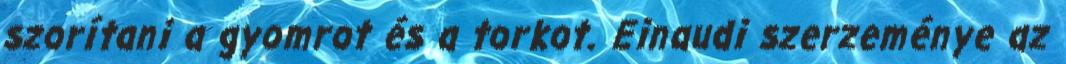
szorítani a gyomrot és a torkot. Einaudi szerzeménye az